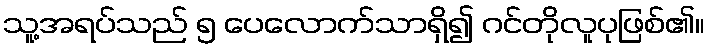
သူ့အရပ်သည် ၅ ပေလောက်သာရှိ၍ ဂင်တိုလူပုဖြစ်၏။